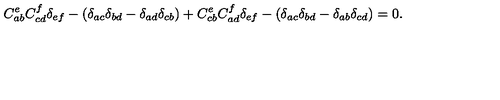
C _ { a b } ^ { e } C _ { c d } ^ { f } \delta _ { e f } - ( \delta _ { a c } \delta _ { b d } - \delta _ { a d } \delta _ { c b } ) + C _ { c b } ^ { e } C _ { a d } ^ { f } \delta _ { e f } - ( \delta _ { a c } \delta _ { b d } - \delta _ { a b } \delta _ { c d } ) = 0 .